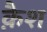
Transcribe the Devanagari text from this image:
क़ैश